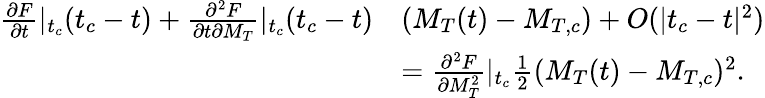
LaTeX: \begin{array}{rl}{\frac{\partial F}{\partial t}|_{t_{c}}(t_{c}-t)+\frac{\partial^{2}F}{\partial t\partial M_{T}}|_{t_{c}}(t_{c}-t)}&{(M_{T}(t)-M_{T,c})+O(|t_{c}-t|^{2})}\\ &{=\frac{\partial^{2}F}{\partial M_{T}^{2}}|_{t_{c}}\frac{1}{2}(M_{T}(t)-M_{T,c})^{2}\mathrm{.}}\end{array}